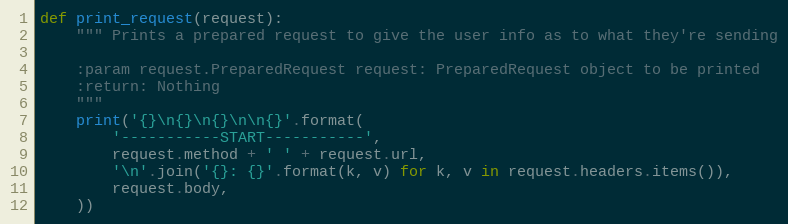
Language: Python
def print_request(request):
    """ Prints a prepared request to give the user info as to what they're sending

    :param request.PreparedRequest request: PreparedRequest object to be printed
    :return: Nothing
    """
    print('{}\n{}\n{}\n\n{}'.format(
        '-----------START-----------',
        request.method + ' ' + request.url,
        '\n'.join('{}: {}'.format(k, v) for k, v in request.headers.items()),
        request.body,
    ))